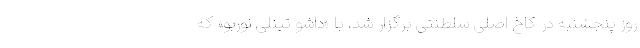
روز پنجشنبه در کاخ اصلی سلطنتی برگزار شد، با «داشو تینلی نوربو» که